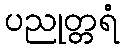
ပညုတ္တရံ